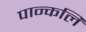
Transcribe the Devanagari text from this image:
पान्कलि